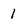
Character: 1